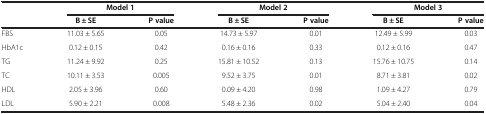
|  | <COLSPAN=2> Model 1 | <COLSPAN=2> Model 2 | <COLSPAN=2> Model 3 |
 |  | B ± SE | P value | B ± SE | P value | B ± SE | P value |
 | --- | --- | --- | --- | --- | --- | --- |
 | FBS | 11.03 ± 5.65 | 0.05 | 14.73 ± 5.97 | 0.01 | 12.49 ± 5.99 | 0.03 |
 | HbA1c | 0.12 ± 0.15 | 0.42 | 0.16 ± 0.16 | 0.33 | 0.12 ± 0.16 | 0.47 |
 | TG | 11.24 ± 9.92 | 0.25 | 15.81 ± 10.52 | 0.13 | 15.76 ± 10.75 | 0.14 |
 | TC | 10.11 ± 3.53 | 0.005 | 9.52 ± 3.75 | 0.01 | 8.71 ± 3.81 | 0.02 |
 | HDL | 2.05 ± 3.96 | 0.60 | 0.09 ± 4.20 | 0.98 | 1.09 ± 4.27 | 0.79 |
 | LDL | 5.90 ± 2.21 | 0.008 | 5.48 ± 2.36 | 0.02 | 5.04 ± 2.40 | 0.04 |